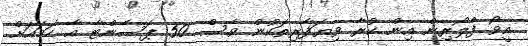
އީވޯ ފްލޯރިން އިން ކުރާ ވިޔަފާރިތަކުން ވެސް 50 ޕަސެންޓާ އާ ހަމައަށް